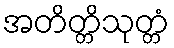
အတိတ္တိသုတ္တံ